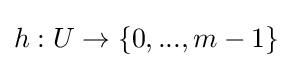
h:U\rightarrow \{0,...,m-1\}